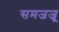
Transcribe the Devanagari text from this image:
समजजू